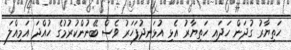
ހަތިޔާރު ގުދަން ހަދައި ހަތިޔާރު އެޅި އުޅަނދުފަހަރު ވެސް ބޭނުންކުރުމުގެ ހުއްދަ އަމިއްލަ